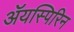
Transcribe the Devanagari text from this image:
ॲयस्पिरिन